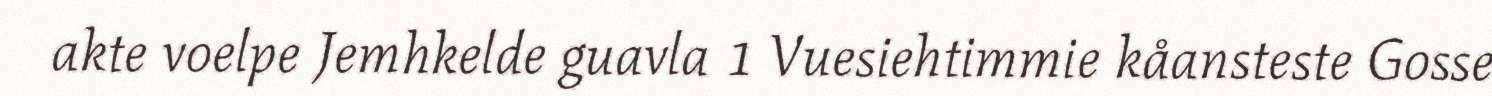
akte voelpe Jemhkelde guavla 1 Vuesiehtimmie kåansteste Gosse